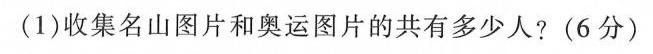
(1)收集名山图片和奥运图片的共有多少人?(6分)